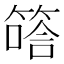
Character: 𥱟